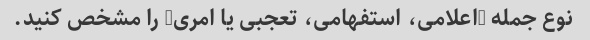
نوع جمله (اعلامی، استفهامی، تعجبی یا امری) را مشخص کنید.